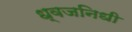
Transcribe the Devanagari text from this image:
ध्वजनिधी